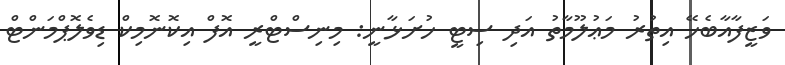
ވަޒީފާއާބެހޭ އިތުރު މަޢުލޫމާތު އަދި ސިޓީ ހުށަޅާނީ: މިނިސްޓްރީ އޮފް އިކޮނޮމިކް ޑިވެލޮޕްމަންޓް